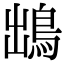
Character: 𩿩